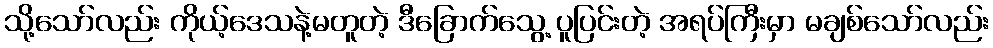
သို့သော်လည်း ကိုယ့်ဒေသနဲ့မတူတဲ့ ဒီခြောက်သွေ့ ပူပြင်းတဲ့ အရပ်ကြီးမှာ မချစ်သော်လည်း